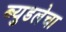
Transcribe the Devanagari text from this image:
ब्युडलेचा